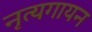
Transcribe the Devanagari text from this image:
नृत्यगायन